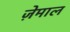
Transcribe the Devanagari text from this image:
ज़ेमाल